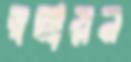
স্বপ্নায়ন